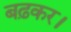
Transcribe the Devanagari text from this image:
बढ़कर।